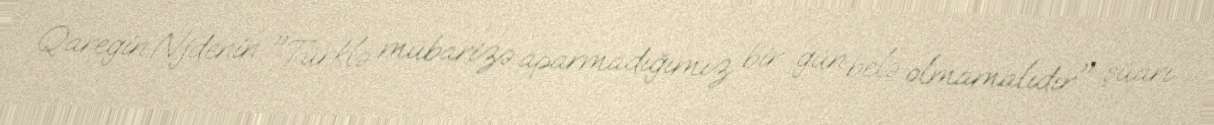
Qaregin Njdenin "Türklə mübarizə aparmadığımız bir gün belə olmamalıdır" şüarı